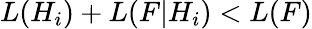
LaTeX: L(H_{i})+L(F|H_{i})<L(F)